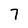
Character: 7